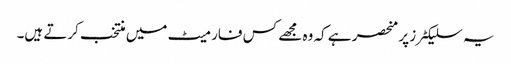
یہ سلیکٹرز پر منحصر ہے کہ وہ مجھے کس فارمیٹ میں منتخب کرتے ہیں۔